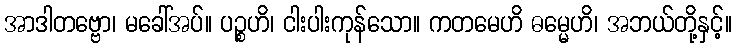
အာဒါတဗ္ဗော၊ မခေါ်အပ်။ ပဉ္စဟိ၊ ငါးပါးကုန်သော။ ကတမေဟိ ဓမ္မေဟိ၊ အဘယ်တို့နှင့်။